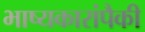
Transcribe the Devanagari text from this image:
भाष्यकारांपैकी